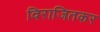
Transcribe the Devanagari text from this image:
विराजितकर